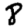
Digit: 8